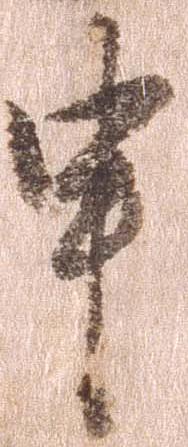
申